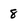
Character: 8